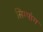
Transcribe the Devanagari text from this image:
सिम्पांग